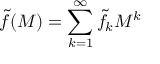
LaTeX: \tilde { f } ( M ) = \sum _ { k = 1 } ^ { \infty } \tilde { f } _ { k } M ^ { k }